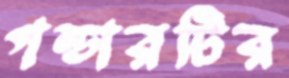
গন্ডারটির